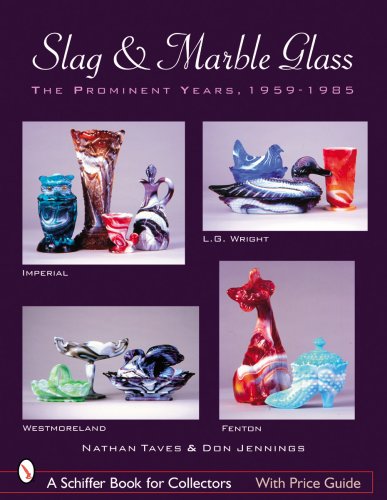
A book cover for Slag & Marble Glass: The Prominent Years 1959-1985, Imperial, Westmoreland, L. G. Wright, and Fenton (Schiffer Book for Collectors); Nathan Taves; Crafts, Hobbies & Home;